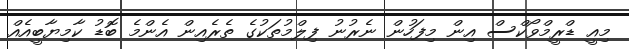
މިއީ ޑްރީމްވޯކްސް އިން މިފަހުން ނެރުނު ފިލްމުތަކުގެ ތެރެއިން އެންމެ ބޮޑު ކާމިޔާބީއެއް